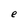
Character: e